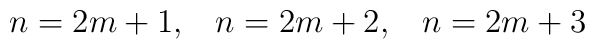
n = 2m+1, \hspace{10pt} n=2m+2, \hspace{10pt} n=2m+3